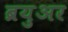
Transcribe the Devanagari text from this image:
ब्रयुअर